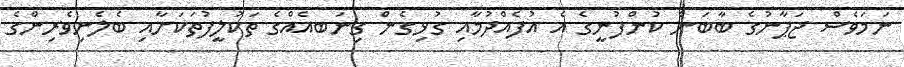
ނަމަވެސް ޖަޕާނުގެ ބާބަން ކުންފުނީގެ އެ އުފެއްދުމާއި ގުޅިގެން ގިނަބއެއްގެ ތަކުލީފުތަކަށާއި ބެލެނިވެރިންގެ